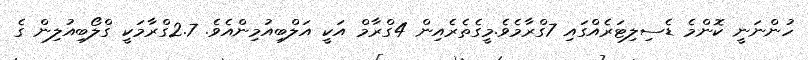
ހުންނަނީ ކޮންމެ ޑެސިލިޓަރެއްގައި 7ގްރާމެވެ.މީގެތެރެއިން 4ގްރާމް އަކީ އަލްބިއުމިންއެވެ. 2.7ގްރާމަކީ ގްލޯބިއުލިން ގެ